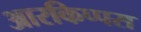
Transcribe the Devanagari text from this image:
आरकिप्पस